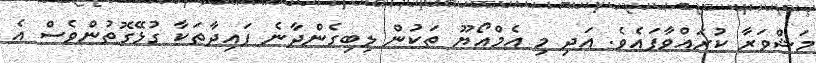
މަޝްވަރާ ކުރައްވާފައެވެ. އަދި މި އެމްއޯޔޫ ތަކުން ލިބިގެންދާނެ ފައިދާތަކާ ގުޅޭގޮތުންވެސް އެ